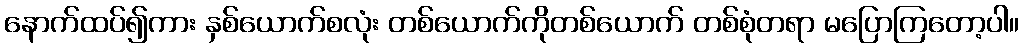
နောက်ထပ်၍ကား နှစ်ယောက်စလုံး တစ်ယောက်ကိုတစ်ယောက် တစ်စုံတရာ မပြောကြတော့ပါ။